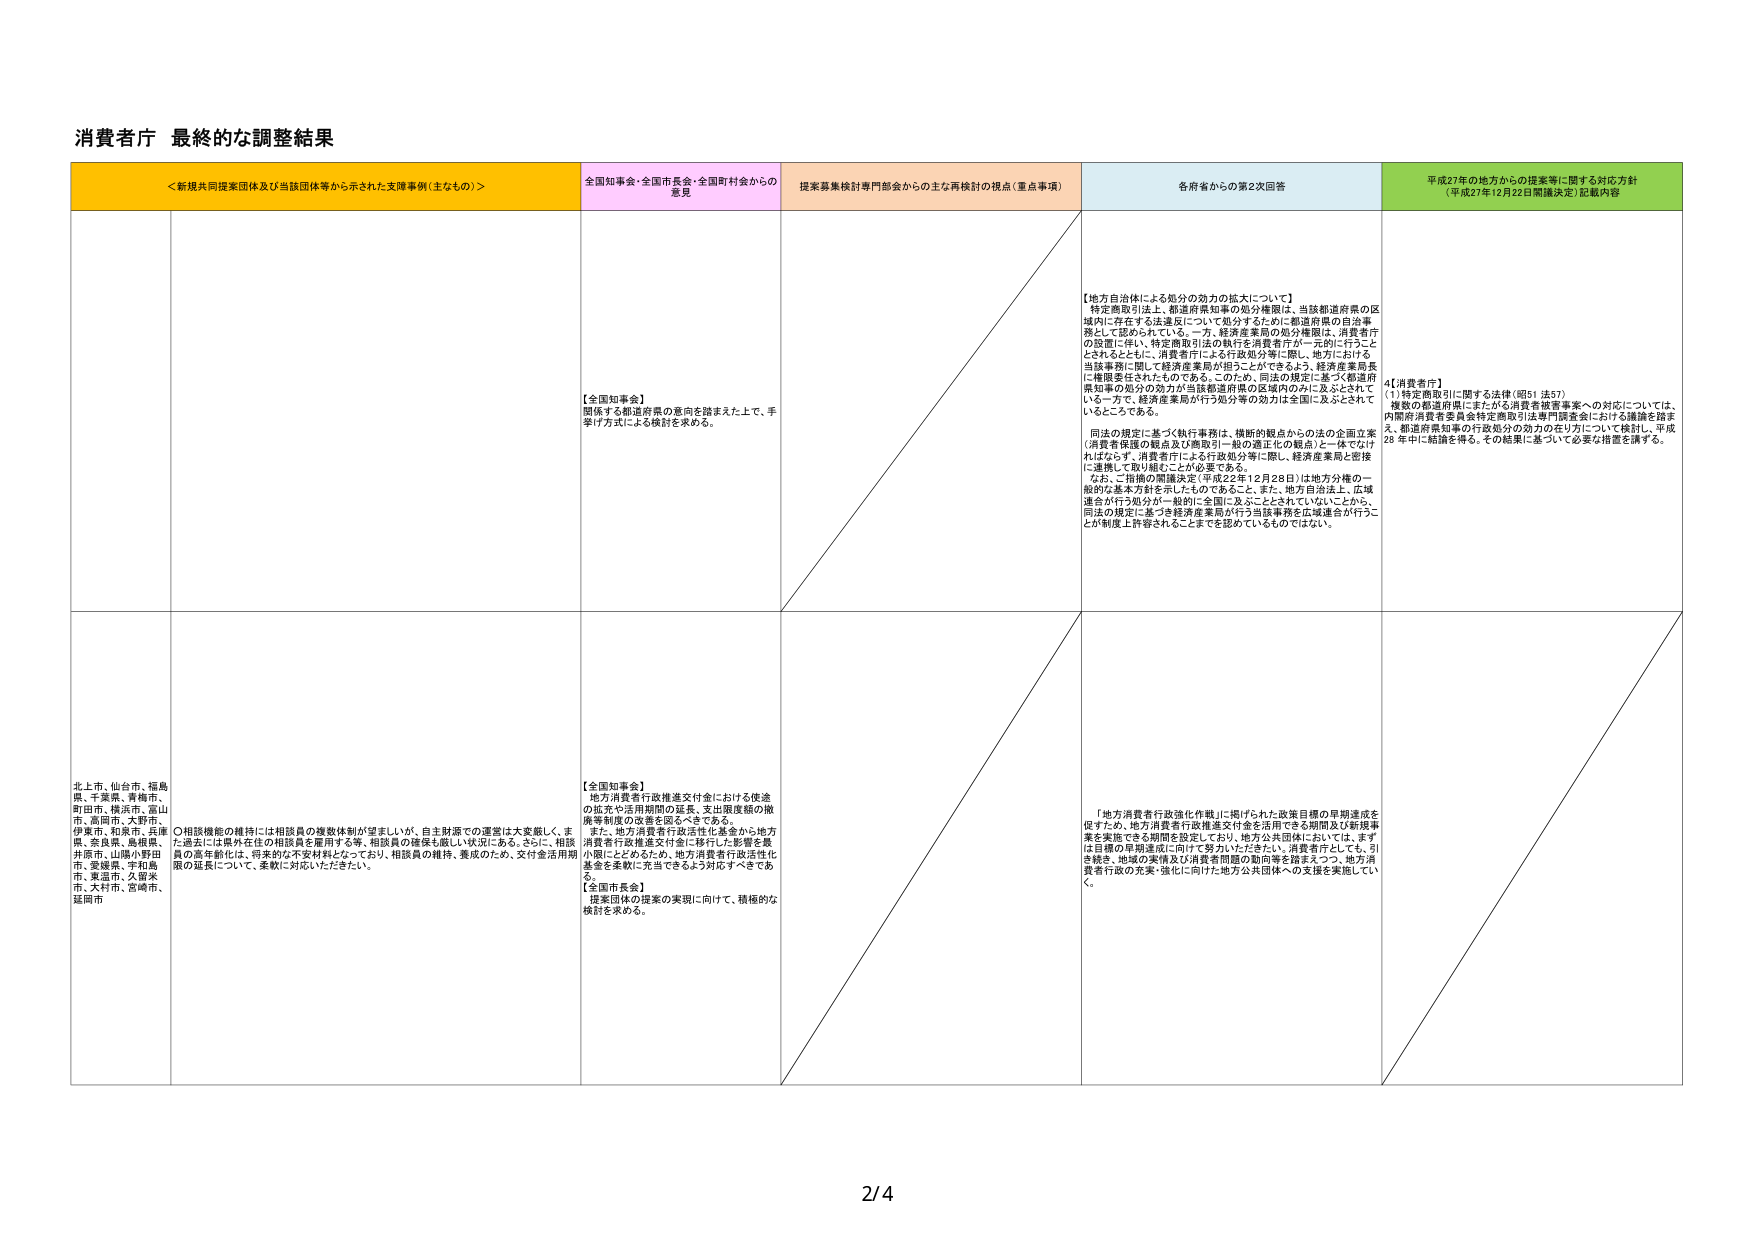
消費者庁 最終的な調整結果

＜新規共同提案団体及び当該団体等から示された支援事例（主なもの）＞
全国知事会・全国市長会・全国町村会からの意見
提案募集検討専門部会からの主な再検討の視点（重点事項）
各府省からの第2次回答
平成27年の地方からの提案等に関する対応方針（平成27年12月22日閣議決定）記載内容

【全国知事会】
関係する都道府県の意向を踏まえた上で、手挙げ方式による検討を求める。

【地方自治体による処分の効力の拡大について】
特定商取引法上、都道府県知事の処分権限は、当該都道府県の区域内に存在する法違反について処分するための都道府県の自治事務として認められている。一方、経済産業局の処分権限は、消費者庁の設置に伴い、特定商取引法の執行を消費者庁が一元的に行うこととされるとともに、消費者庁による行政処分等に際し、地方における当該事務に関して経済産業局が担うことができるよう、経済産業局長に権限委任されたものである。このため、同法の規定に基づく都道府県知事の処分の効力が当該都道府県の区域内のみに及ぶとされている一方で、経済産業局が行う処分等の効力は全国に及ぶとされているところである。

同法の規定に基づく執行事務は、横断的観点からの法の全面立案（消費者保護の観点及び商取引一般の適正化の観点）に一体でなければならないず、消費者庁による行政処分等に際し、経済産業局と密接に連携して取り組むことが必要である。

なお、二指摘の閣議決定（平成22年12月28日）は地方分権の一般的な基本方針を示したものであること、また、地方自治法上、広域連合が行う処分が一般的に全国に及ぶこととされていないことから、同法の規定に基づき経済産業局が行う当該事務を広域連合が行うことが制度上許容されることまでは認めているものではない。

4【消費者庁】
(1)特定商取引に関する法律（昭51法57）
複数の都道府県にまたがる消費者被害事案への対応については、内閣府消費者委員会特定商取引法専門調査会における議論を踏まえ、都道府県知事の行政処分の効力の在り方について検討し、平成28年に結論を得る。その結果に基づいて必要な措置を講ずる。

北上市、仙台市、福島県、千葉県、青森市、町田市、横浜市、富山市、高岡市、大野市、伊東市、和泉市、兵庫県、奈良県、島根県、井原市、山陽小野田市、愛媛県、宇和島市、東温市、久留米市、大村市、宮崎市、延岡市

〇相談機能の維持には相談員の複数体制が望ましいが、自主財源での運営は大変厳しく、また過去には県内在住の相談員を雇用する等、相談員の確保も厳しい状況にある。さらに、相談員の高年齢化は、将来的な不安材料となっており、相談員の維持、養成のため、交付金活用期限の延長について、柔軟に対応いただきたい。

【全国知事会】
地方消費者行政推進交付金における使途の拡充や活用期間の延長、支出限度額の撤廃等制度の改善を図るべきである。
また、地方消費者行政活性化基金から地方消費者行政推進交付金に移行した影響を最小限にとどめるため、地方消費者行政活性化基金を柔軟に充当できるよう対応すべきである。
【全国市長会】
提案団体の提案の実現に向けて、積極的な検討を求める。

「地方消費者行政強化作戦」に掲げられた政策目標の早期達成を促すため、地方消費者行政推進交付金を活用できる期間及び新規事業を実施できる期間を設定しており、地方公共団体においては、まずは目標の早期達成に向けて努力いただきたい。消費者庁としても、引き続き、地域の実情及び消費者問題の動向等を踏まえつつ、地方消費者行政の充実・強化に向けた地方公共団体への支援を実施していく。

2/4